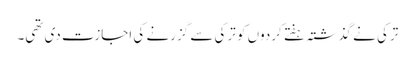
ترکی نے گذشتہ ہفتے کردوں کو ترکی سے گزرنے کی اجازت دی تھی۔